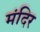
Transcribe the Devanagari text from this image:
मंदिर